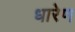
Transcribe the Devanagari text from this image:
धारेण